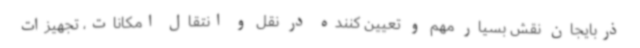
ذربایجان نقش بسیار مهم و تعیین کننده در نقل و انتقال امکانات، تجهیزات